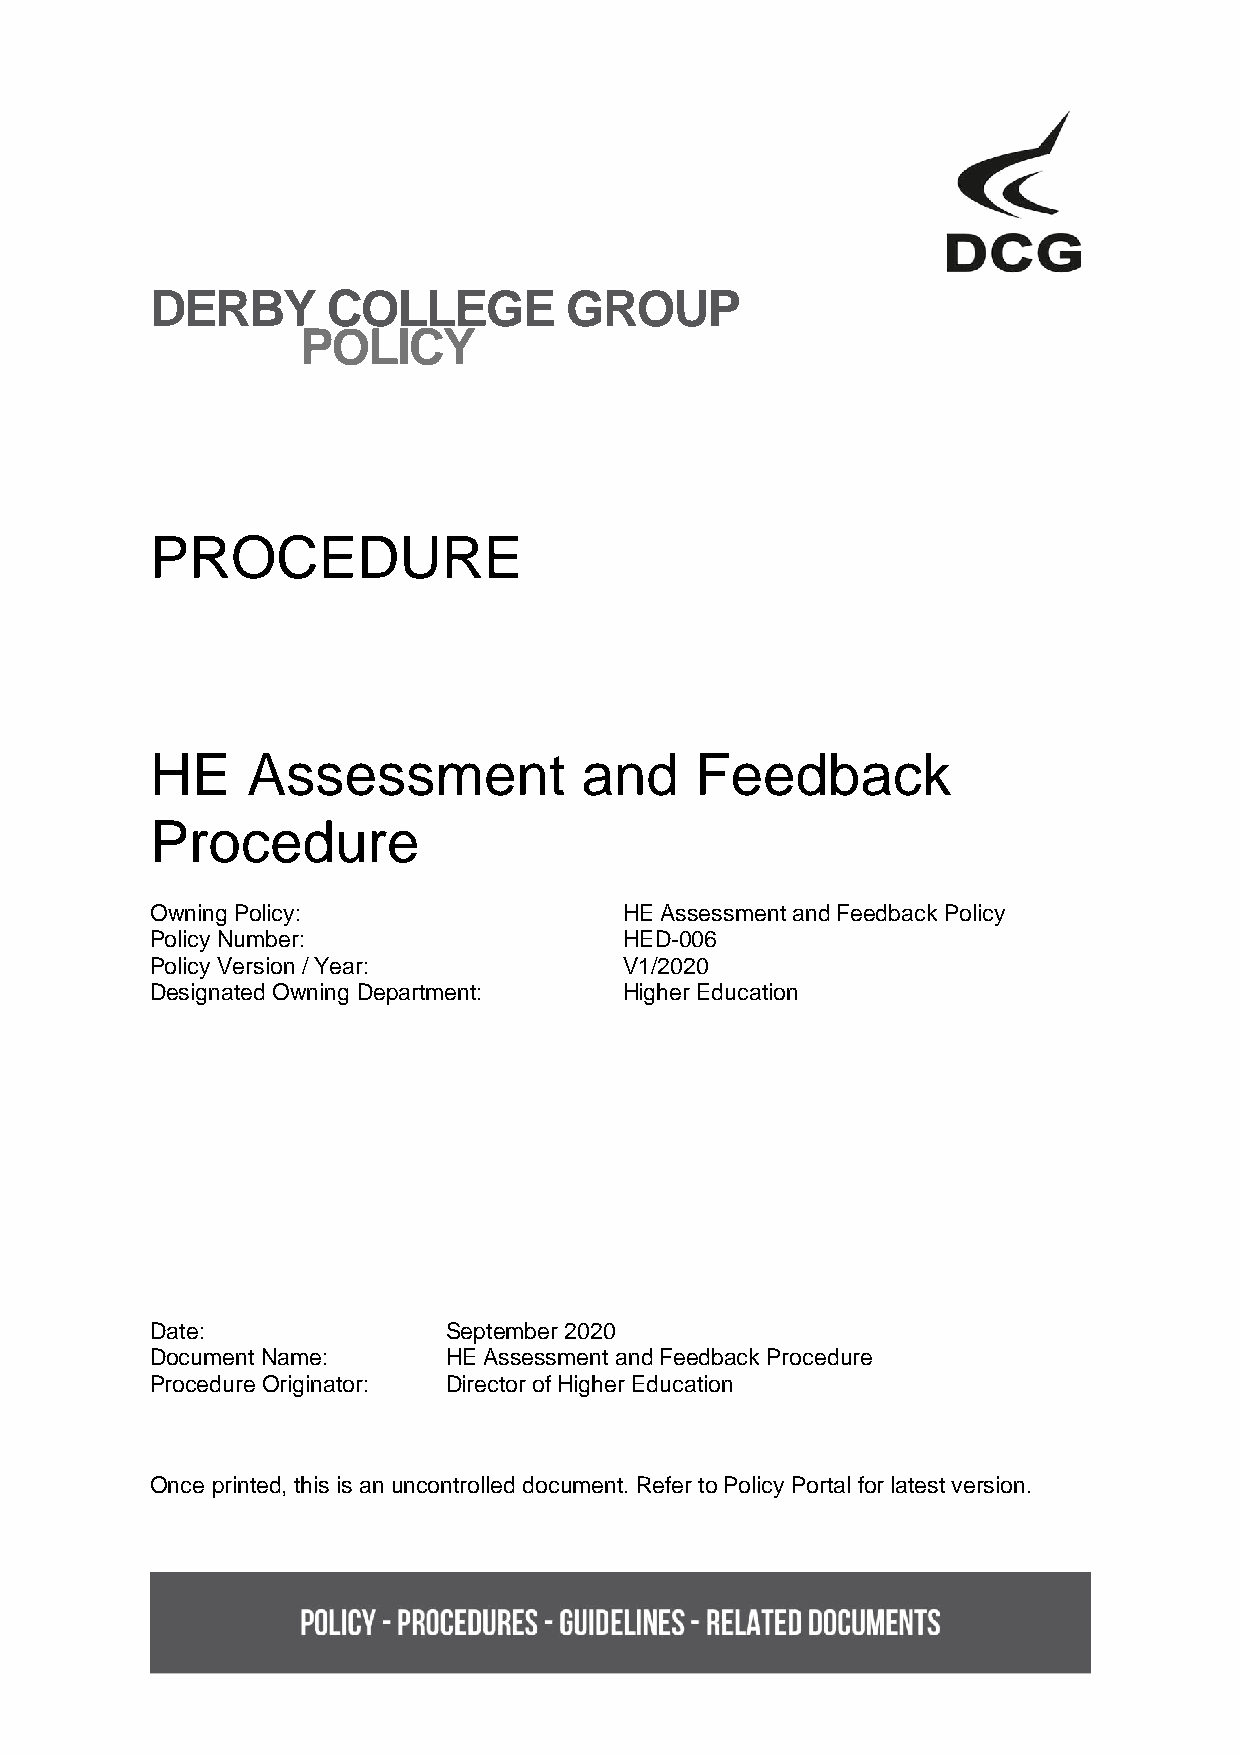
DERBY       COLLEGE        GROUP
 POLICY
 PROCEDURE
 HE    Assessment            and     Feedback
 Procedure
 Owning Policy:                 HE Assessment and Feedback Policy
 Policy Number:                 HED-006
 Policy Version / Year:         V1/2020
 Designated Owning Department:  Higher Education
 Date:              September 2020
 Document Name:     HE Assessment and Feedback Procedure
 Procedure Originator: Director of Higher Education
 Once printed, this is an uncontrolled document. Refer to Policy Portal for latest version.